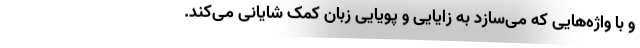
و با واژه‌هایی که می‌سازد به زایایی و پویایی زبان کمک شایانی می‌کند.